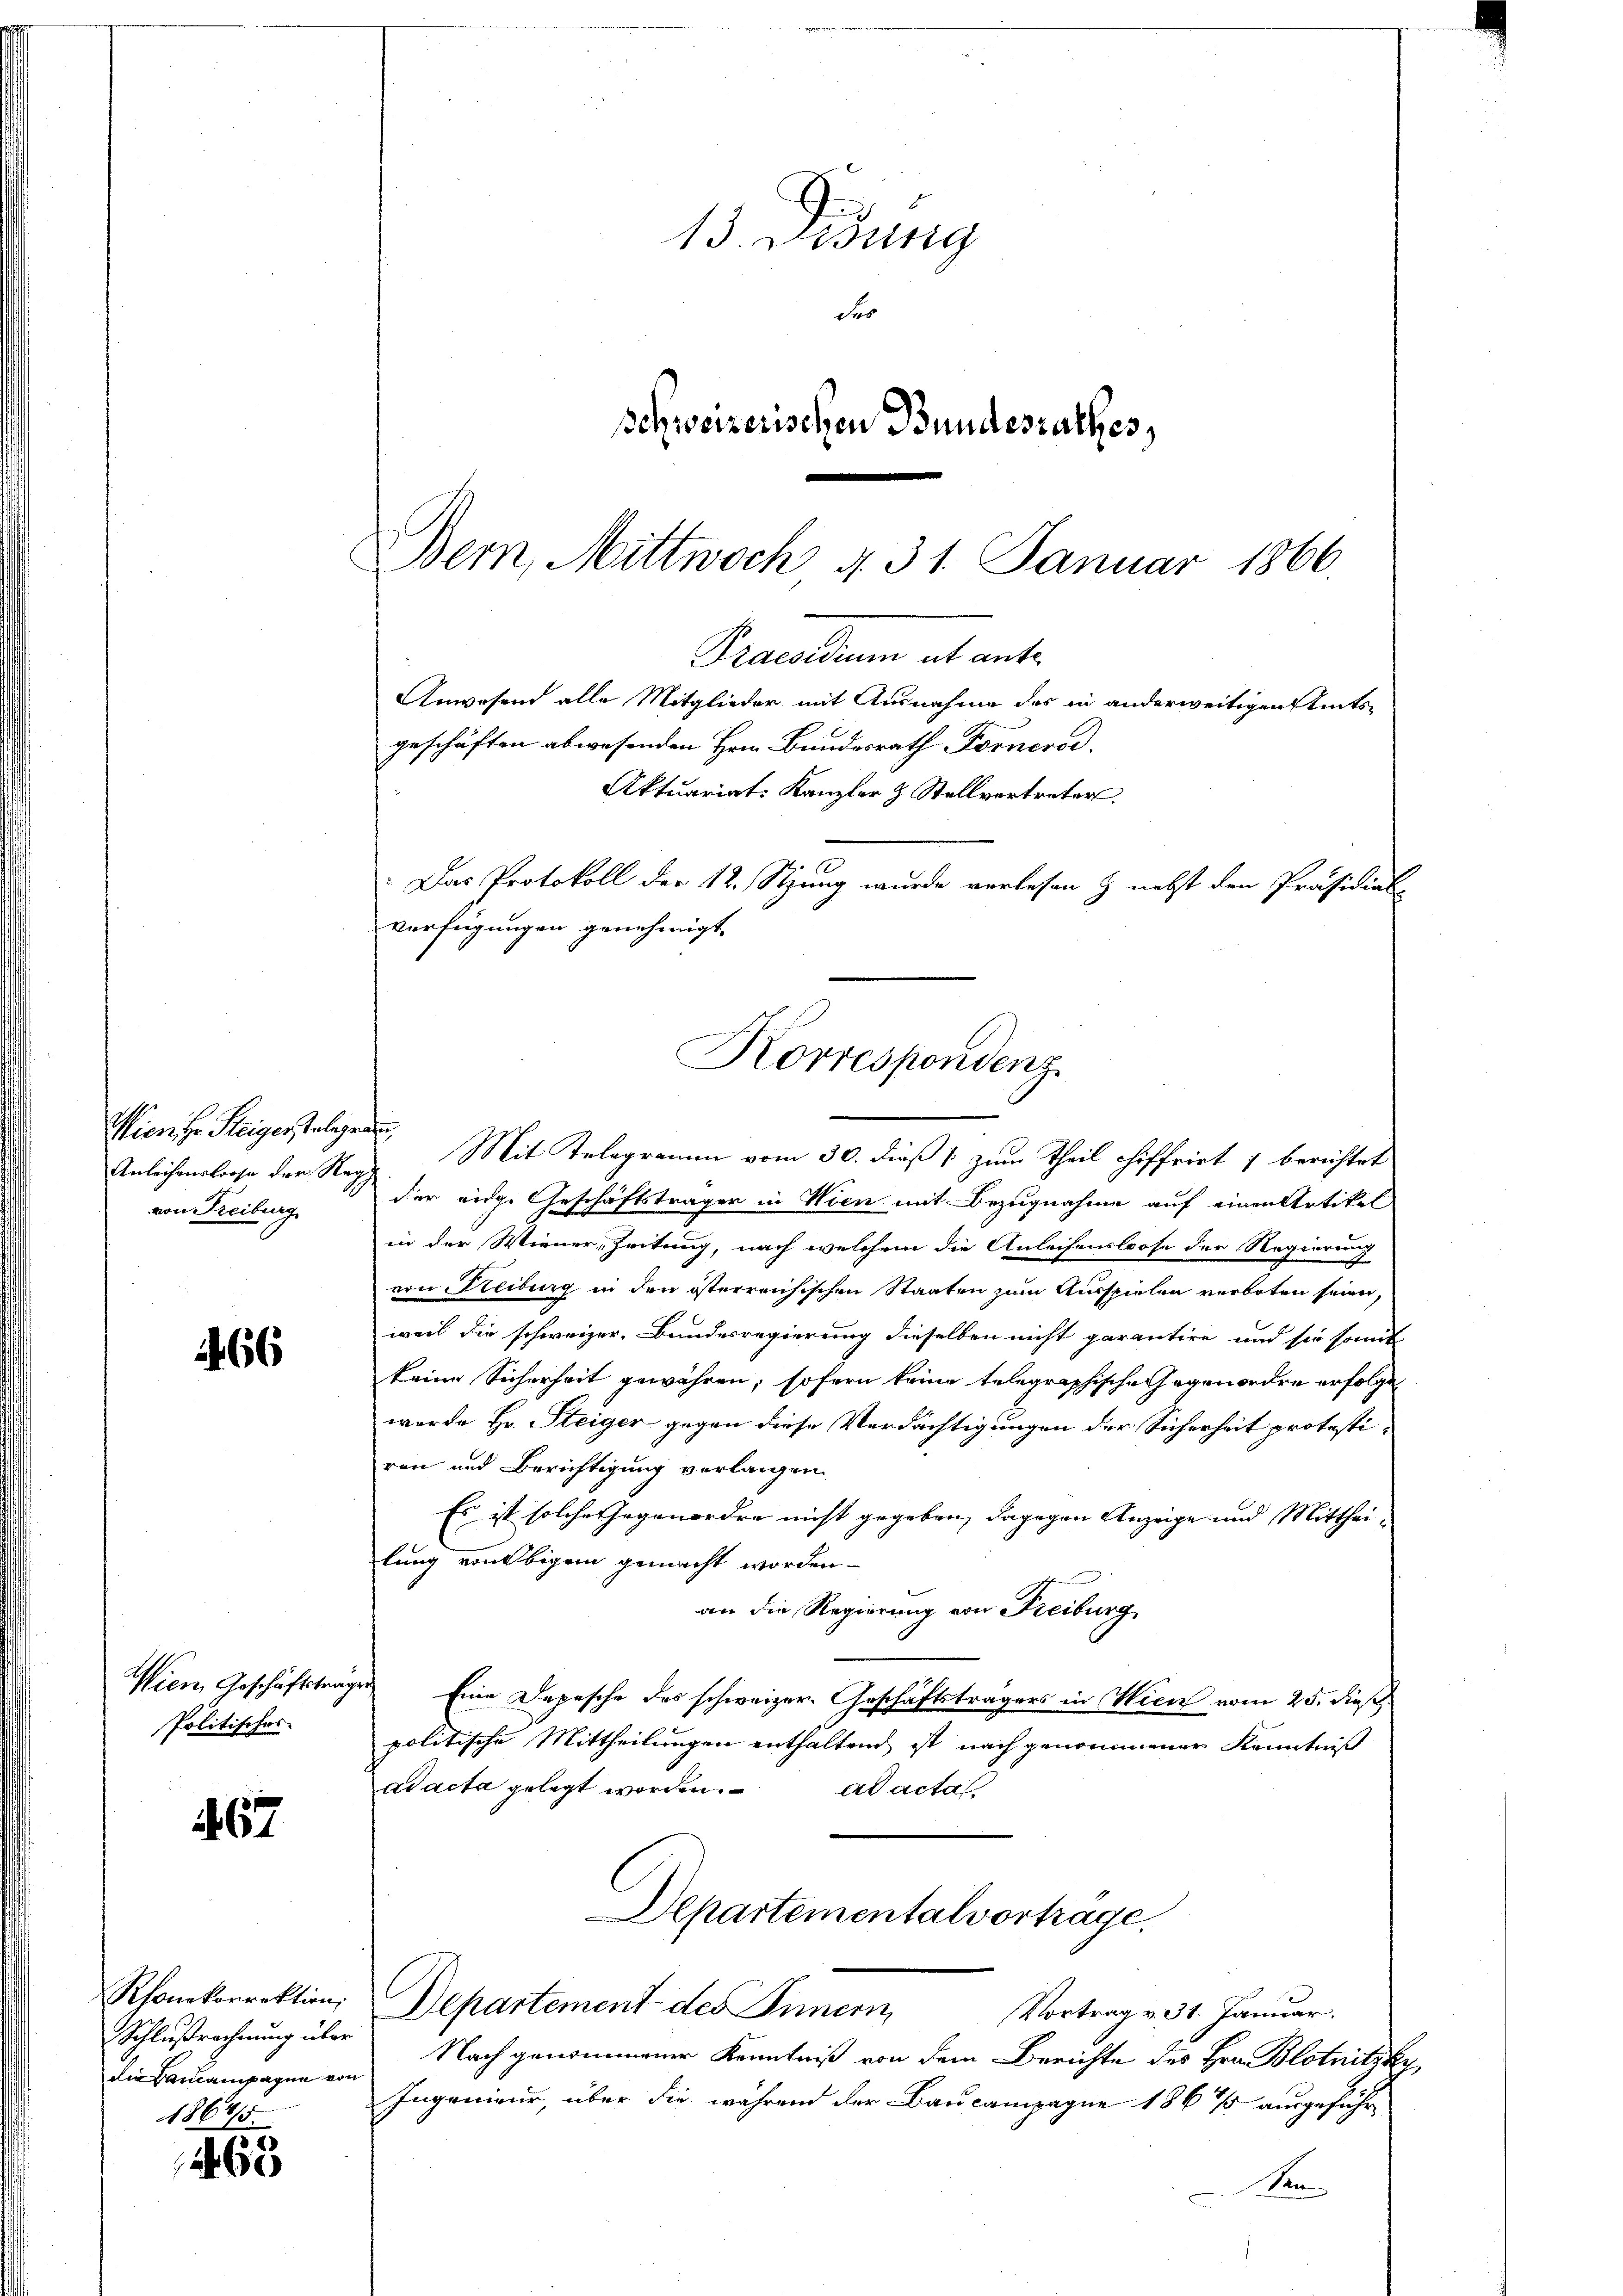
66

467

265

Wien zu Steiger Telegen
Anleihensloose der Reg
von Freiburg

Politisches

Rhonkorrektion,
Schlußrechnung über
die Bauampagnn von
18685.

13. Disung
der
Schweizerischen Bundesrathes,

Bern, Mittwoch d. 31. Januar 1866.
Praesidium ab ant¬
Anwesend alle Mitglieder mit Ausnahme des in anderweitigen seits-
geschäften abwesenden Herr Bundesrath Fornerod.
Aktuariat. Kanzler & Stellvertreter
Das Protokoll der 12. Stzung wurde verlesen & nebst den Präsidial-
verfügungen genehmigt.
Korrespondenz

Mit Telegramm vom 30. dieß 1 zum Theil chiffrirt & berichtet
der eige Geschäftsträger in Wien mit Bezugnahme auf einen Artikel
in der Wiener, Zeitung, nach welchem die Anleihenslose der Regierung
von Freiburg in den österreichischen Staaten zum Ausspielen verboten seien,
weil die schweizer, Bundesregierung dieselben nicht garantire und sie somit
keine Sicherheit gewähren, sofern keine telegraphische Gegenordre erfolge
werde Hr. Steiger gegen diese Verdächtigungen der Sicherheit protestiren und Berichtigung verlangen
Es ist solche Gegenordre nicht gegeben, dagegen Anzeige und Mittheilung von Obigem gemacht worden.
an die Regierung von Freiburg
Wien, Geschäftstrages Eine Depesche des schweizer Geschäftsträgers in Wien vom 25. dieß
politische Mittheilungen enthaltend ist nach genommener Kenntniß
ad acta gelegt worden.
ad actas
Departementalvortrage,
Departement des Innern
Vortrag v. 31. Januar.
Nach genommener Kenntniß von dem Berichte des Hrn. Blotnitzky
Ingenieur, über die während der Baucampagne 1861 ausgeführ¬
Den